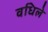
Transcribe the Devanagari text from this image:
वधिले